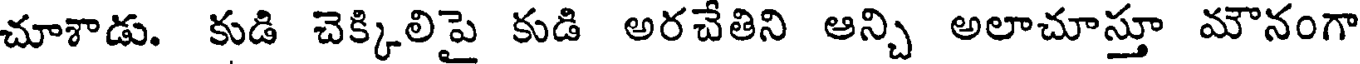
చూశాడు. కుడి చెక్కిలిపై కుడి అరచేతిని ఆన్చి అలాచూస్తూ మౌనంగా